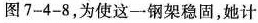
图7-4-8，为使这一钢架稳固，她计